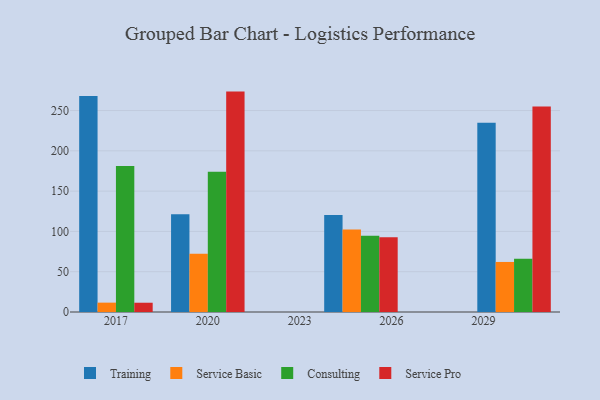
{"axis": {"x": "Year", "y": "Conversion Rate (%)"}, "legend": ["Consulting", "Service Basic", "Service Pro", "Training"], "data": [{"x": "2017", "y": 267.9, "type": "Training"}, {"x": "2017", "y": 11.6, "type": "Service Basic"}, {"x": "2017", "y": 181.2, "type": "Consulting"}, {"x": "2017", "y": 11.5, "type": "Service Pro"}, {"x": "2030", "y": 235.0, "type": "Training"}, {"x": "2030", "y": 62.1, "type": "Service Basic"}, {"x": "2030", "y": 66.0, "type": "Consulting"}, {"x": "2030", "y": 255.1, "type": "Service Pro"}, {"x": "2025", "y": 120.3, "type": "Training"}, {"x": "2025", "y": 102.4, "type": "Service Basic"}, {"x": "2025", "y": 94.5, "type": "Consulting"}, {"x": "2025", "y": 92.7, "type": "Service Pro"}, {"x": "2020", "y": 121.3, "type": "Training"}, {"x": "2020", "y": 72.3, "type": "Service Basic"}, {"x": "2020", "y": 173.9, "type": "Consulting"}, {"x": "2020", "y": 273.5, "type": "Service Pro"}]}